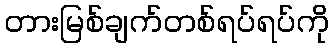
တားမြစ်ချက်တစ်ရပ်ရပ်ကို